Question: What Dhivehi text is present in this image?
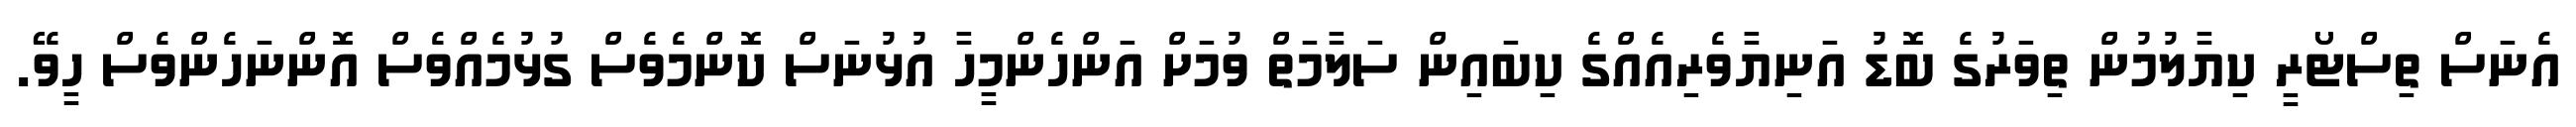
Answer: އެނަސް ތިސްޓޯރީ ކިޔާލުމުން ތިވަރުގެ ބޮޑު އަނިޔާވެރިއެއްގެ ކިބައިން ސަލާމަތް ވުމަށް އަންހެންމީހާ އުޅުނަސް ކޮންމެވެސް ގުޅުމެއްވެސް އޮންނަހެންވެސް ހީވޭ.